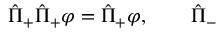
\hat { \Pi } _ { + } \hat { \Pi } _ { + } \varphi = \hat { \Pi } _ { + } \varphi , \qquad \hat { \Pi } _ { - }